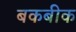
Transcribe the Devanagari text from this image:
बकबीक